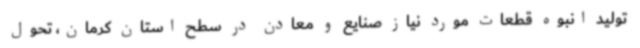
تولید انبوه قطعات مورد نیاز صنایع و معادن در سطح استان کرمان، تحول